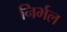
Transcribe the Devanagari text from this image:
निर्भल